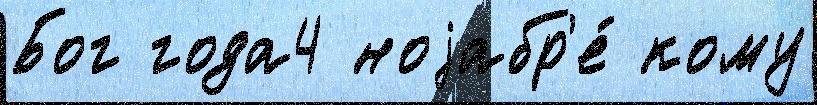
Бог года4 ноjабр'е́ кому